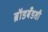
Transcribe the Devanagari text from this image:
ब्रॉडबँडशी